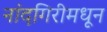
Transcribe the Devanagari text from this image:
नांदगिरीमधून